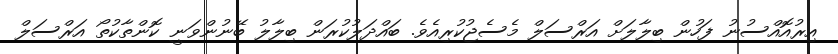
އިރުއޮއްސުނު ފަހުން ބިލާލަށް އަރްސަލް މެސެޖުކުރިއެވެ. ބައްދަލުކުރަން ބިލާލު ބޭނުންވަނީ ކޮންތާކުތޯ އަރްސަލް